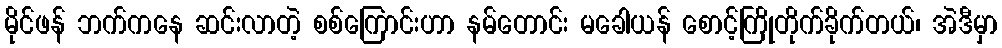
မိုင်ဖန် ဘက်ကနေ ဆင်းလာတဲ့ စစ်ကြောင်းဟာ နမ်တောင်း မခေါယန် စောင့်ကြိုတိုက်ခိုက်တယ်၊ အဲဒီမှာ